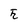
Character: E